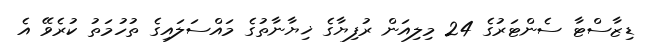
ޑިޒާސްޓާ ސެންޓަރުގެ 24 މިލިއަން ރުފިޔާގެ ޚިޔާނާތުގެ މައްސަލައިގެ ތުހުމަތު ކުރެވޭ އެ